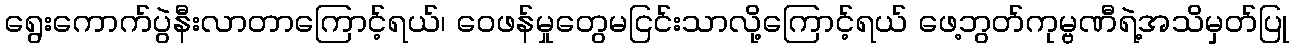
ရွေးကောက်ပွဲနီးလာတာကြောင့်ရယ်၊ ဝေဖန်မှုတွေမငြင်းသာလို့ကြောင့်ရယ် ဖေ့ဘွတ်ကုမ္ဗဏီရဲ့အသိမှတ်ပြု